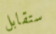
ستقابل